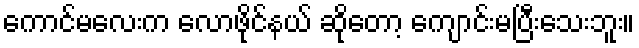
ကောင်မလေးက လောဖိုင်နယ် ဆိုတော့ ကျောင်းမပြီးသေးဘူး။